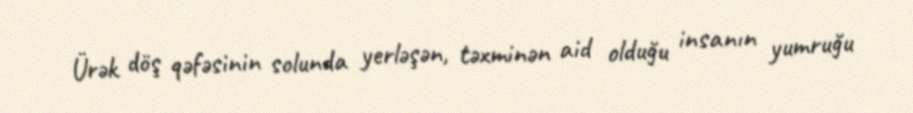
Ürək döş qəfəsinin solunda yerləşən, təxminən aid olduğu insanın yumruğu